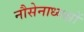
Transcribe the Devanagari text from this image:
नौसेनाध्यक्षों